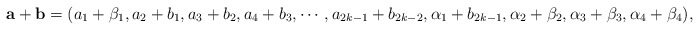
\begin{align*}\mathbf{a}+\mathbf{b}=(a_1+\beta_1,a_2+b_1,a_3+b_2,a_4+b_3,\cdots,a_{2k-1}+b_{2k-2},\alpha_1+b_{2k-1},\alpha_2+\beta_2,\alpha_3+\beta_3,\alpha_4+\beta_4),\end{align*}